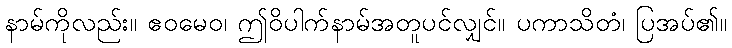
နာမ်ကိုလည်း။ ဧဝမေဝ၊ ဤဝိပါက်နာမ်အတူပင်လျှင်။ ပကာသိတံ၊ ပြအပ်၏။